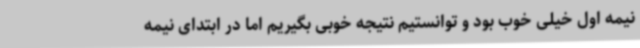
نیمه اول خیلی خوب بود و توانستیم نتیجه خوبی بگیریم اما در ابتدای نیمه